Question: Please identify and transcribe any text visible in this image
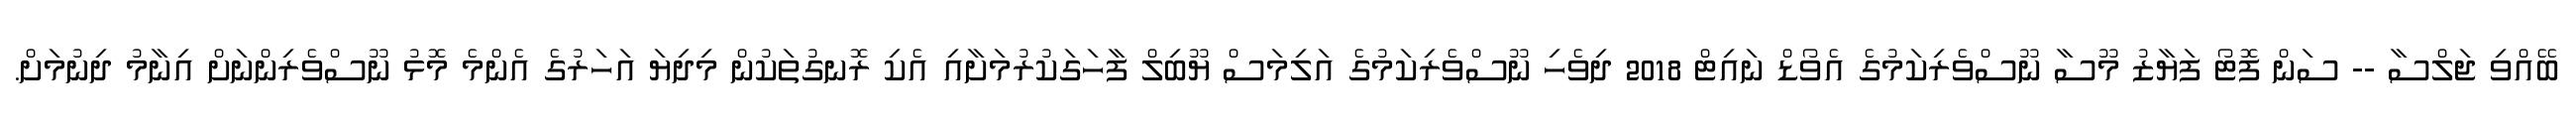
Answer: ބޭއްވި ޖަލްސާ -- ސަން ފޮޓޯ ފަޔާޒު މޫސާ ނޫސްވެރިކަމުގެ އެވޯޑް ނައިޓް 2018 ދިވެހި ނޫސްވެރިކަމުގެ އަލިމަސް ޔޫބިލް ފާހަގަކުރުމަށާއި އެކި ރޮނގުތަކުން މިދިޔަ އަހަރުގެ އެންމެ މޮޅު ނޫސްވެރިންނަށް އިނާމު ދިނުމަށް.